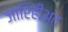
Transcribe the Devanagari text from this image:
जारिहीअत